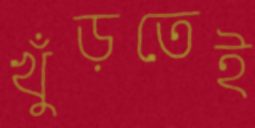
খুঁড়তেই